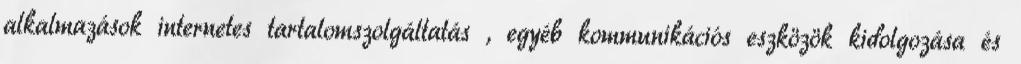
alkalmazások internetes tartalomszolgáltatás , egyéb kommunikációs eszközök kidolgozása és